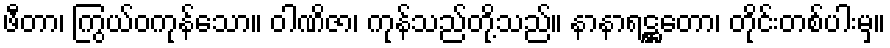
ဖီတာ၊ ကြွယ်ဝကုန်သော။ ဝါဏိဇာ၊ ကုန်သည်တို့သည်။ နာနာရဋ္ဌတော၊ တိုင်းတစ်ပါးမှ။